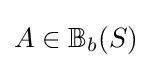
A\in \mathbb {B} _{b}(S)